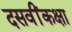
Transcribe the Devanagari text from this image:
दसवींकक्षा